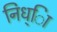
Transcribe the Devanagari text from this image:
निध्ाि